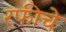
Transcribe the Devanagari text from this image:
रफीचे